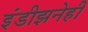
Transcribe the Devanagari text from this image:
इंडीझनेही